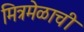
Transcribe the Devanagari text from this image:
मित्रमेळाची